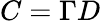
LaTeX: C=\Gamma D